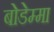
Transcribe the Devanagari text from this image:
बोडेम्मा